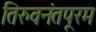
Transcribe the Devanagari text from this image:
तिरुवनंतपूरम